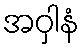
အဝှါနံ